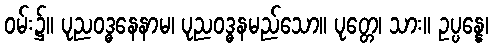
ဝမ်း၌။ ပုညဝဒ္ဓနေနာမ၊ ပုညဝဒ္ဓနမည်သော။ ပုတ္တေ၊ သား။ ဥပ္ပန္နေ၊